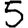
Digit: 5